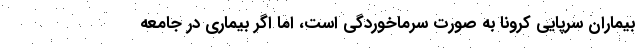
بیماران سرپایی کرونا به صورت سرماخوردگی است، اما اگر بیماری در جامعه